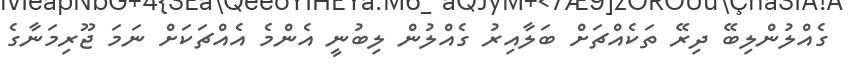
ގެއްލުންލިބޭ ދިރޭ ތަކެއްޗަށް ބަލާއިރު ގެއްލުން ލިބުނީ އެންމެ އެއްޗަކަށް ނަމަ ޖޫރިމަނާގެ